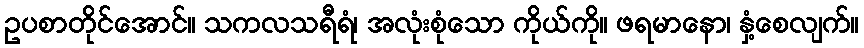
ဥပစာတိုင်အောင်။ သကလသရီရံ၊ အလုံးစုံသော ကိုယ်ကို။ ဖရမာနော၊ နှံ့စေလျက်။